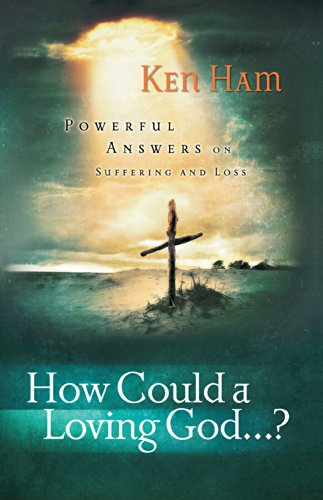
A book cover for How Could a Loving God?; Ken Ham; Christian Books & Bibles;